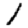
Digit: 1